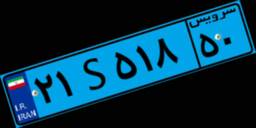
۲۱S۵۱۸۵۰